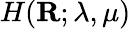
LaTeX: H(\mathbf{R};\lambda,\mu)